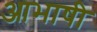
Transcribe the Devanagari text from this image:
आभाषी